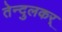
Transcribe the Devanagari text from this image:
तेन्दुलकर्